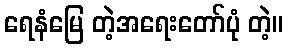
ရေနံမြေ တဲ့အရေးတော်ပုံ တဲ့။